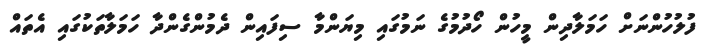
ފުލުހުންނަށް ހަމަލާދިން މީހުން ހޯދުމުގެ ނަމުގައި މިޔަންމާ ސިފައިން ދެމުންގެންދާ ހަމަލާތަކުގައި އެތައް